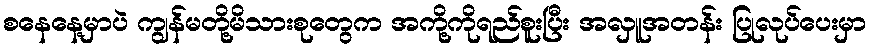
စနေနေ့မှာပဲ ကျွန်မတို့မိသားစုတွေက အကို့ကိုရည်စူးပြီး အလှူအတန်း ပြုလုပ်ပေးမှာ